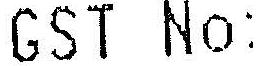
GST NO: